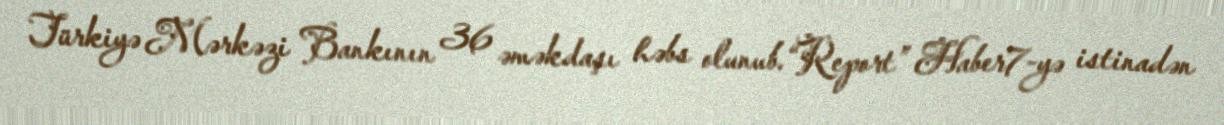
Türkiyə Mərkəzi Bankının 36 əməkdaşı həbs olunub.“Report” Haber7-yə istinadən